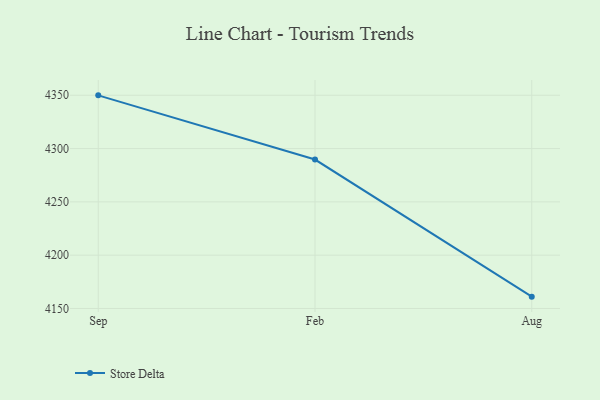
{"axis": {"x": "Month", "y": "Backlog"}, "legend": ["Store Delta"], "data": [{"x": "Sep", "y": 4349.9, "type": "Store Delta"}, {"x": "Feb", "y": 4289.7, "type": "Store Delta"}, {"x": "Aug", "y": 4161.1, "type": "Store Delta"}]}